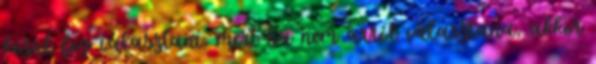
közül fog választani, mert ha nem arról választana, akkor